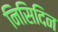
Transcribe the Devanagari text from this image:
निसिदिन